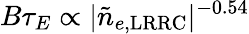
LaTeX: B\tau_{E}\propto|\tilde{n}_{e,\mathrm{LRRC}}|^{-0.54}